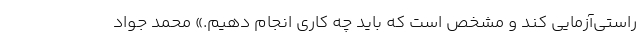
راستی‌آزمایی کند و مشخص است که باید چه کاری انجام دهیم.» محمد جواد